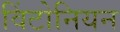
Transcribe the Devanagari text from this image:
विंटोनियन